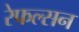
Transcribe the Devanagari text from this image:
रेफल्सन